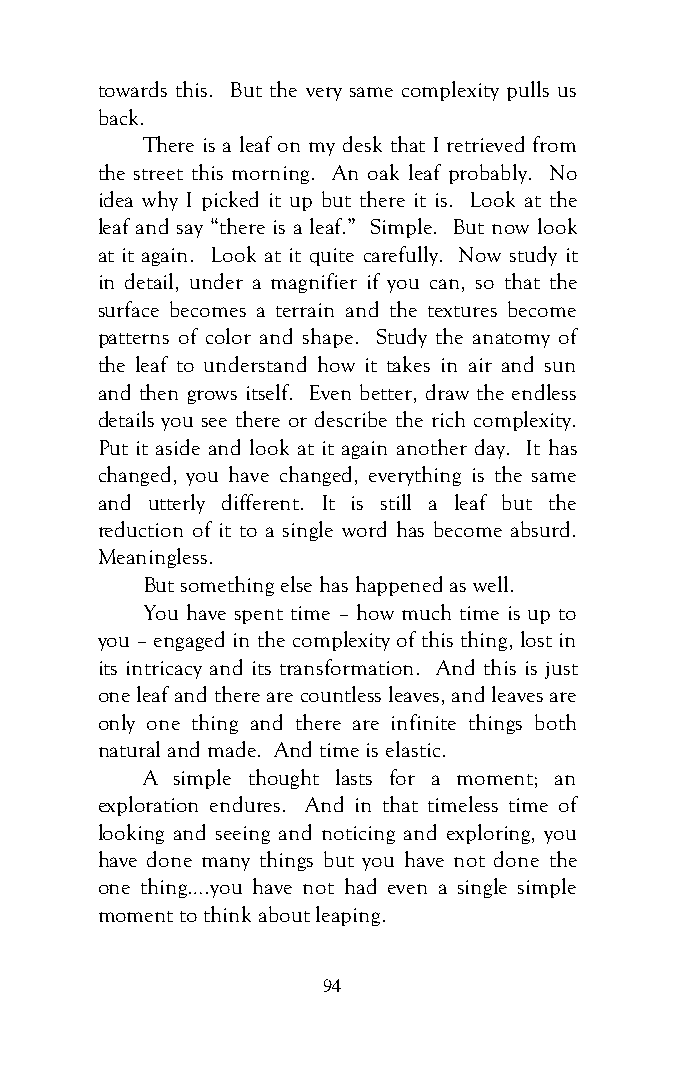
towards this. But the very same complexity pulls us
 back.
 There is a leaf on my desk that I retrieved from
 the street this morning. An oak leaf probably. No
 idea why I picked it up but there it is. Look at the
 leaf and say “there is a leaf.” Simple. But now look
 at it again. Look at it quite carefully. Now study it
 in detail, under a magnifier if you can, so that the
 surface becomes a terrain and the textures become
 patterns of color and shape. Study the anatomy of
 the leaf to understand how it takes in air and sun
 and then grows itself. Even better, draw the endless
 details you see there or describe the rich complexity.
 Put it aside and look at it again another day. It has
 changed, you have changed, everything is the same
 and utterly different. It is still a leaf but the
 reduction of it to a single word has become absurd.
 Meaningless.
 But something else has happened as well.
 You have spent time – how much time is up to
 you – engaged in the complexity of this thing, lost in
 its intricacy and its transformation. And this is just
 one leaf and there are countless leaves, and leaves are
 only one thing and there are infinite things both
 natural and made. And time is elastic.
 A simple thought lasts for a moment; an
 exploration endures. And in that timeless time of
 looking and seeing and noticing and exploring, you
 have done many things but you have not done the
 one thing….you have not had even a single simple
 moment to think about leaping.
 94